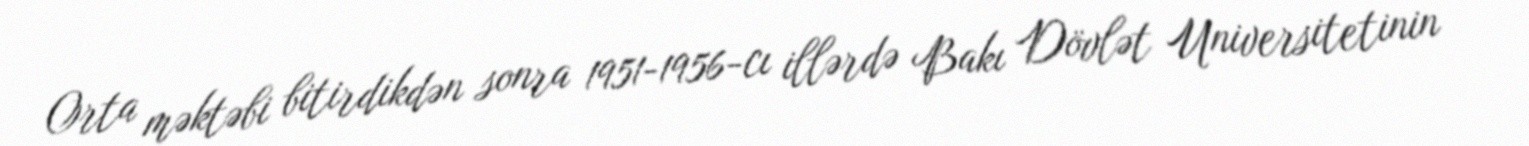
Orta məktəbi bitirdikdən sonra 1951-1956-cı illərdə Bakı Dövlət Universitetinin